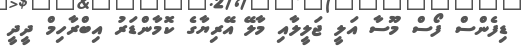
ޑިފެންސް ފޯސް މޫސާ އަލީ ޖަލީލާއި މާލޭ އޭރިޔާގެ ކޮމާންޑަރު އިބްރާހިމް ދީދީ